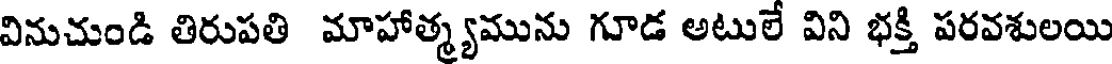
వినుచుండి తిరుపతి మాహాత్మ్యమును గూడ అటులే విని భక్తి పరవశులయి